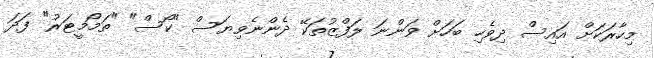
މިހާރަކަށް އައިސް ދިވެހި ބަހަށް ވަންނަ ލަފްޒުތަކޭ ދެންނެވިޔަސް "ކޯސް" "ތަމޯމީޓަރު" ފަދަ